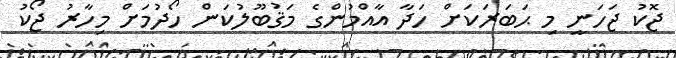
ޖޮކު ޖަހަނީ މި ޙަބަރަކަށް ހަދާ އާއްމުންގެ މަޤުބޫލުކަން ހޯދުމަށް މިހާރު ޖޯކު